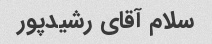
سلام آقای رشیدپور